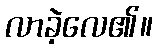
လာခဲ့လေ၏။